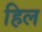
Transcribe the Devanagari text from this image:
हिल